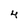
Character: 4